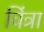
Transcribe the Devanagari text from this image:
विंत्रा